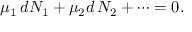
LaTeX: \mu _ { 1 } \, d N _ { 1 } + \mu _ { 2 } d \, N _ { 2 } + \dots = 0 .